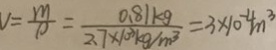
v = \frac { m } { \rho } = \frac { 0 . 8 1 k g } { 2 . 7 \times 1 0 ^ { 3 } k g / m ^ { 3 } } = 3 \times 1 0 ^ { - 4 } m ^ { 3 }